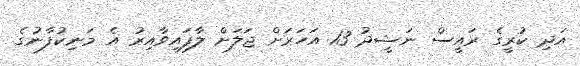
އަދި ކުރީގެ ރައީސް ނަޝީދު 13 އަހަރަށް ޖަލަށް ލާފައިވާއިރު އެ މަނިކުފާނުގެ